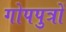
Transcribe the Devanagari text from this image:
गोपपुत्रों